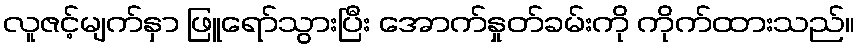
လူဇင့်မျက်နှာ ဖြူရော်သွားပြီး အောက်နှုတ်ခမ်းကို ကိုက်ထားသည်။